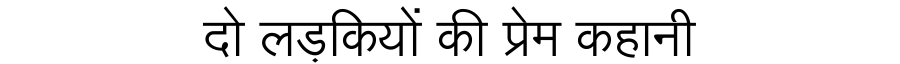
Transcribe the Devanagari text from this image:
दो लड़कियों की प्रेम कहानी